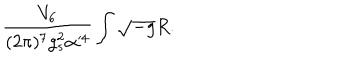
{ \frac { V _ { 6 } } { ( 2 \pi ) ^ { 7 } g _ { s } ^ { 2 } \alpha ^ { 4 } } } \int \sqrt { - g } R .